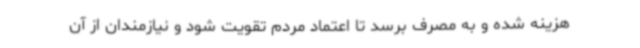
هزینه شده و به مصرف برسد تا اعتماد مردم تقویت شود و نیازمندان از آن